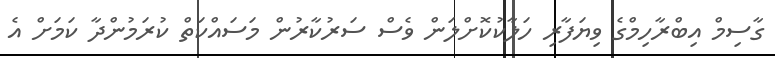
ގާސިމް އިބްރާހިމްގެ ވިޔަފާރި ހަލާކުކޮށްލަން ވެސް ސަރުކާރުން މަސައްކަތް ކުރަމުންދާ ކަމަށް އެ